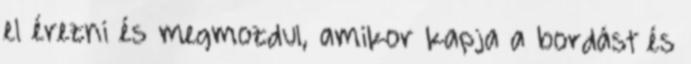
el érezni és megmozdul, amikor kapja a bordást és